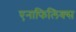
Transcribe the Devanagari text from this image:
एनाफिलिक्स